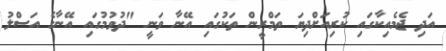
އަދި ޖެމެއިކާގައި ކުރިއަށްދިޔަ ތަމްރީން ތަކުގައި އޭނާ ވަނީ "ދުވުމުގައި އޭނާގެ އަސްލު